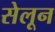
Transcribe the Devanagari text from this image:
सेलून